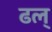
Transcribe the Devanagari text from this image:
ढल्